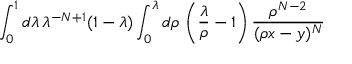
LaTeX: \int _ { 0 } ^ { 1 } d \lambda \, \lambda ^ { - N + 1 } ( 1 - \lambda ) \int _ { 0 } ^ { \lambda } d \rho \, \left( \frac { \lambda } { \rho } - 1 \right) \frac { \rho ^ { N - 2 } } { ( \rho x - y ) ^ { N } }